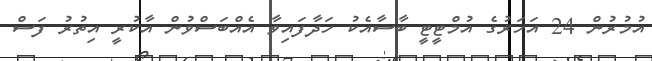
އުމުރުން 24 އަހަރުގެ އުމްޓީޓީ ބާސާއެކު ހަދާފައިވާ އެއްބަސްވުން އާކުރީ އިތުރު ފަސް